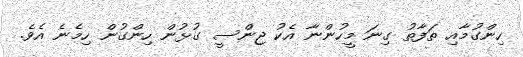
ހިންގުމާއި ތަފާތު ގިނަ މީހުންނާ އެކު ޖިންސީ ގުޅުން ހިންގުން ހިމެނެ އެވެ.